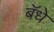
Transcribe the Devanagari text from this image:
बॅधे